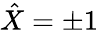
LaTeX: \hat{X}=\pm 1